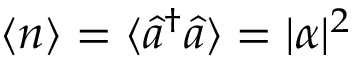
~ \langle n \rangle = \langle { \hat { a } } ^ { \dagger } { \hat { a } } \rangle = | \alpha | ^ { 2 }